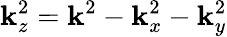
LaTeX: \mathbf{k}_{z}^{2}=\mathbf{k}^{2}-\mathbf{k}_{x}^{2}-\mathbf{k}_{y}^{2}